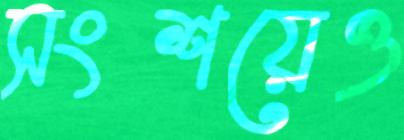
সংশয়েও